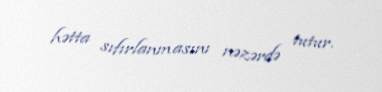
hətta sıfırlanmasını nəzərdə tutur.